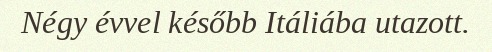
Négy évvel később Itáliába utazott.